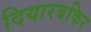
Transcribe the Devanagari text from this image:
दियारबकिर